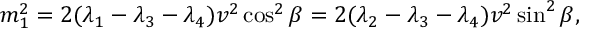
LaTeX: m _ { 1 } ^ { 2 } = 2 ( \lambda _ { 1 } - \lambda _ { 3 } - \lambda _ { 4 } ) v ^ { 2 } \cos ^ { 2 } \beta = 2 ( \lambda _ { 2 } - \lambda _ { 3 } - \lambda _ { 4 } ) v ^ { 2 } \sin ^ { 2 } \beta ,